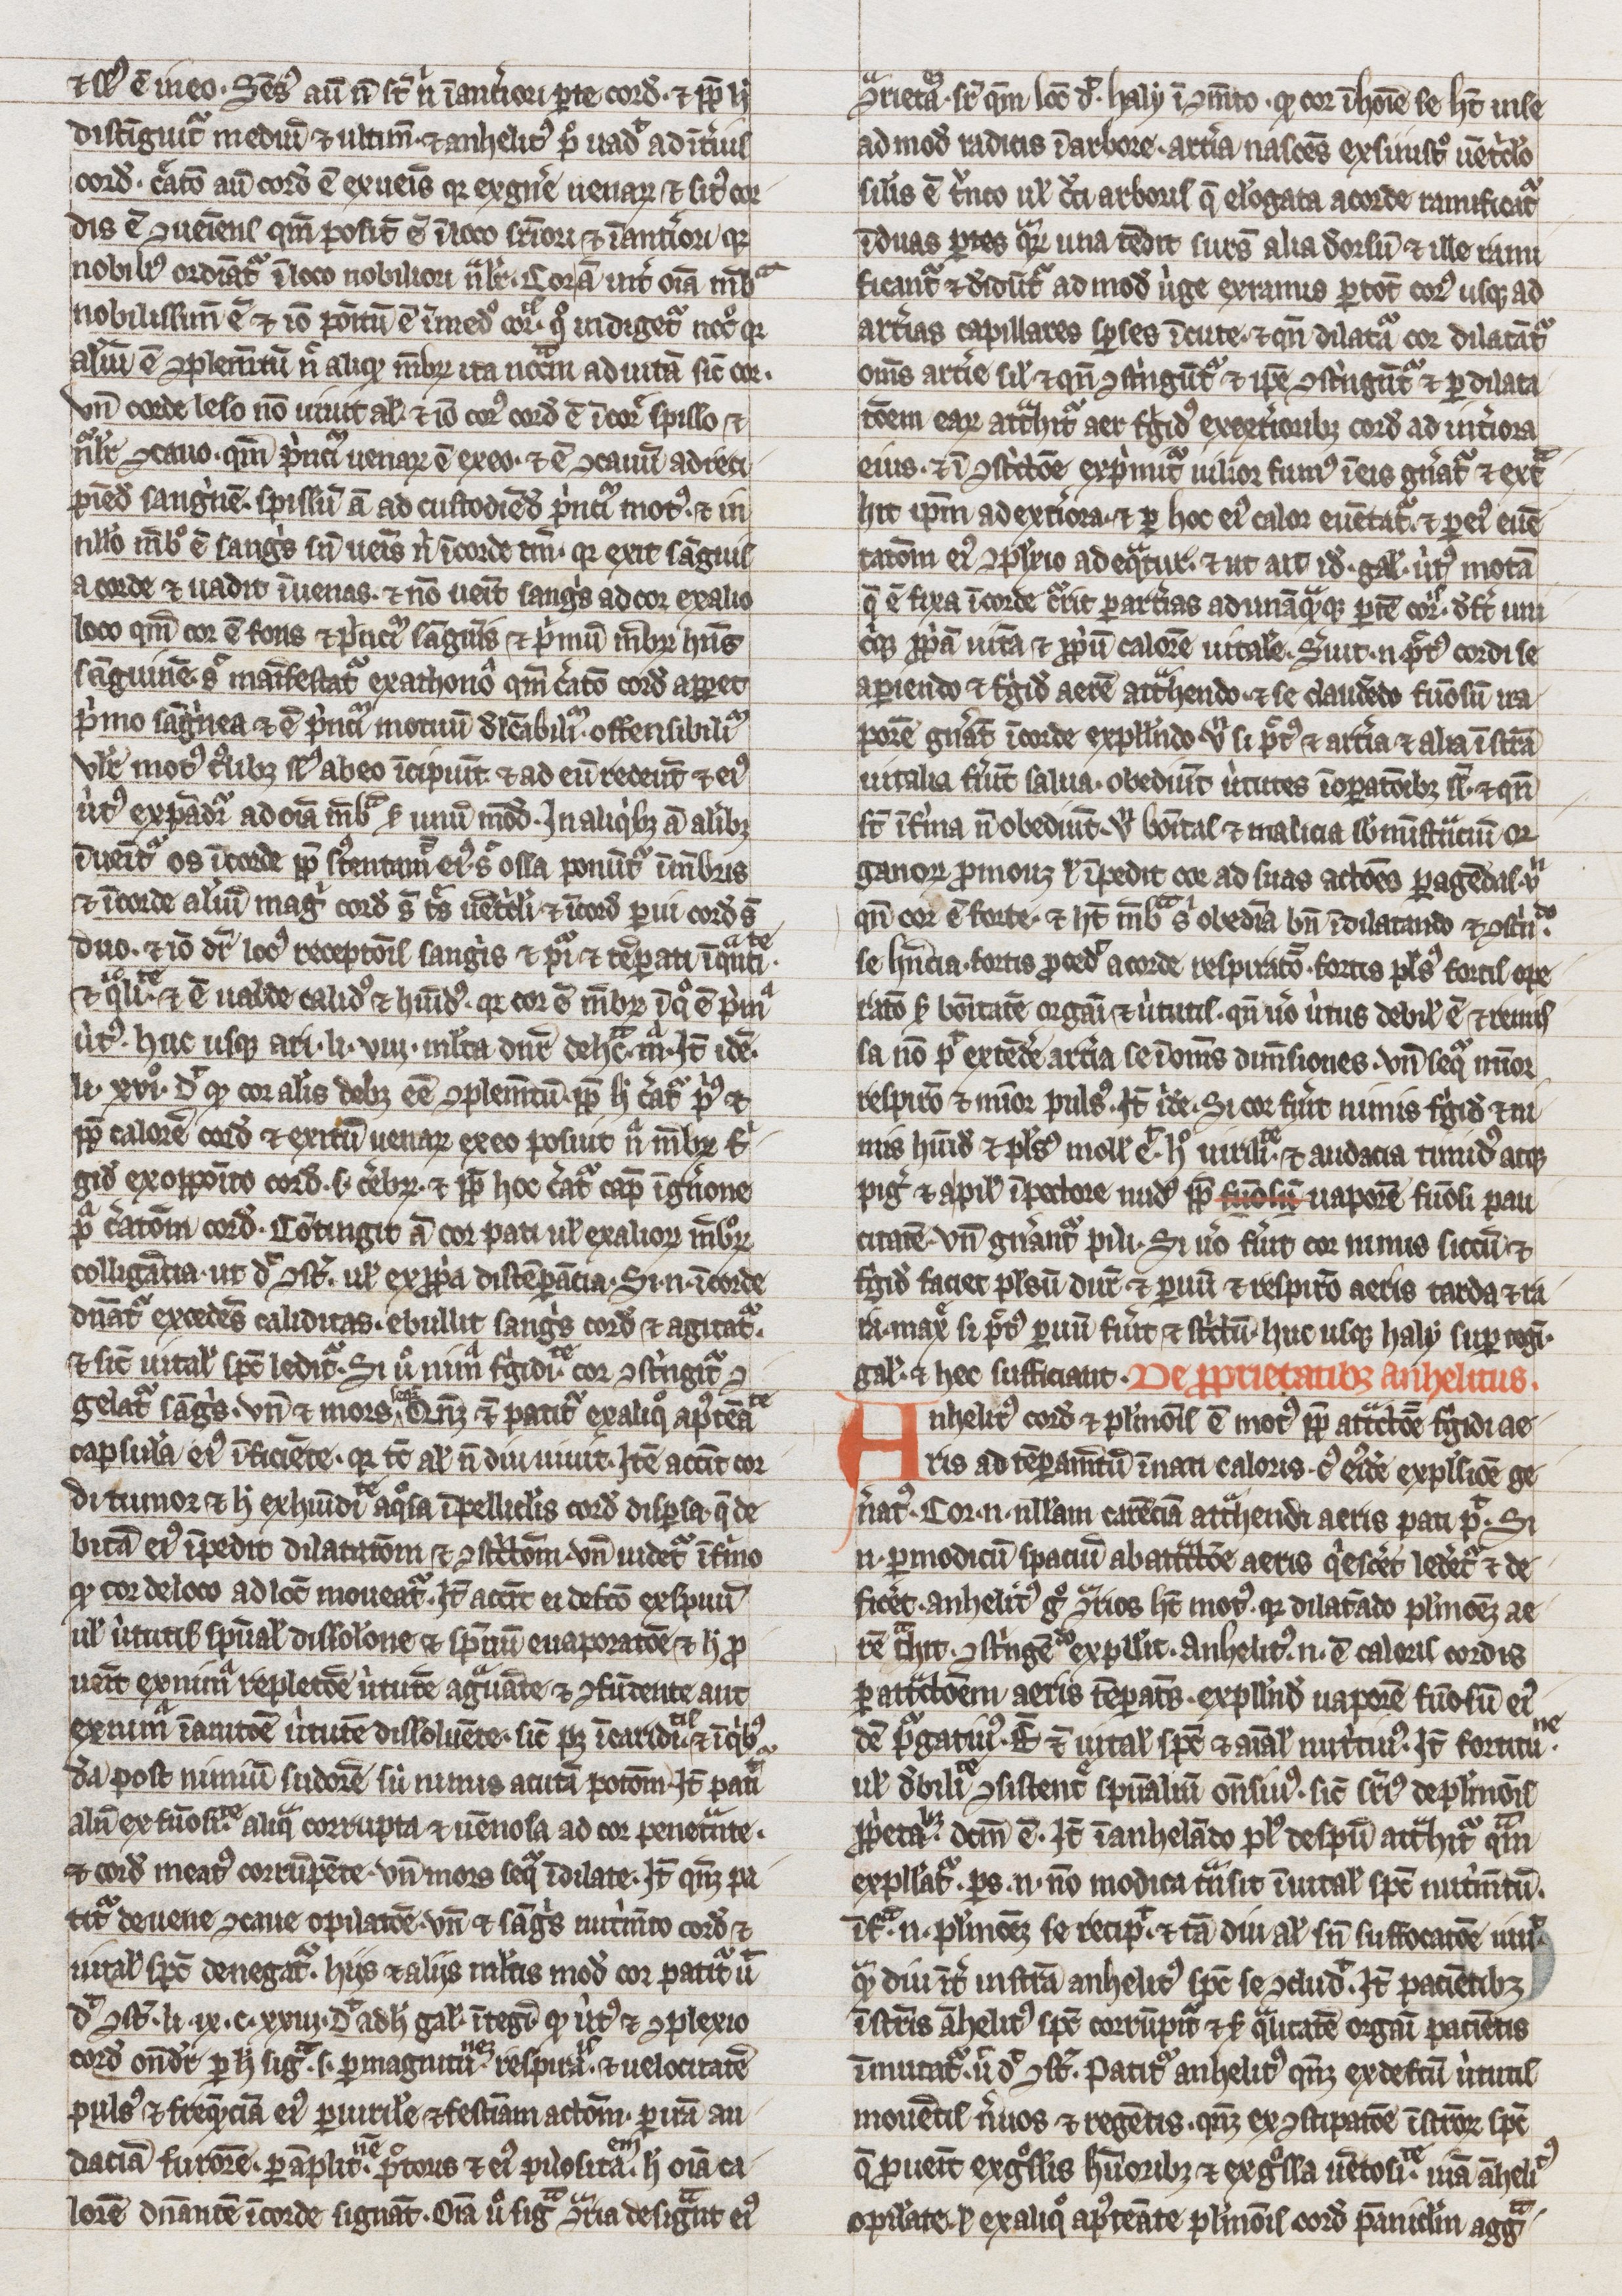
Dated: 1300–1399